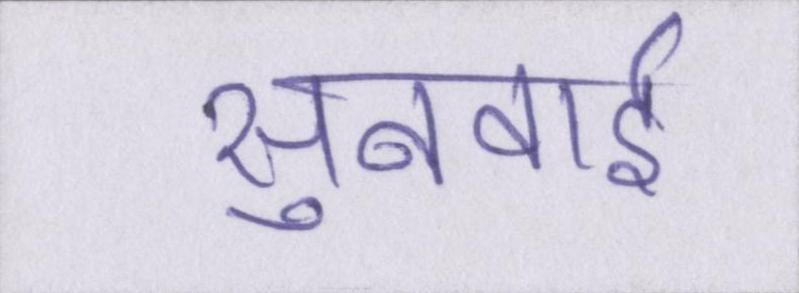
सुनवाई